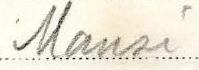
Mansi